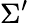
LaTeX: \Sigma^{\prime}